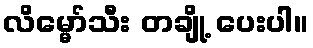
လိမ္မော်သီး တချို့ ပေးပါ။